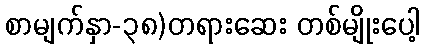
စာမျက်နှာ-၃၈)တရားဆေး တစ်မျိုးပေါ့